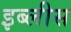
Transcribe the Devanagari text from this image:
इब्लीस